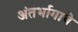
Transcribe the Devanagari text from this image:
अंतर्भागाचे